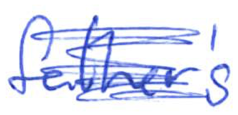
Text: father's
Cross-out: scratch
Writing tool: ballpoint